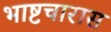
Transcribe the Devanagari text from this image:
भाष्टचारास